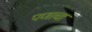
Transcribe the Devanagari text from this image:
पणाचा